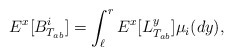
\begin{align*}E^x[B^i_{T_{ab}}]=\int_{\ell}^r E^x[L^y_{T_{ab}}]\mu_i(dy),\end{align*}